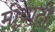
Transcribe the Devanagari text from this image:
मीयादी